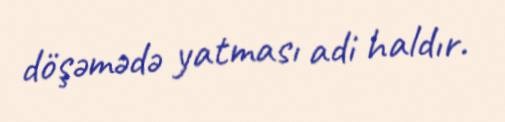
döşəmədə yatması adi haldır.